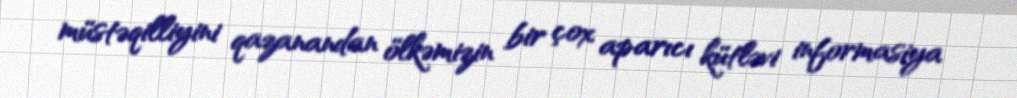
müstəqilliyini qazanandan ölkəmizin bir çox aparıcı kütləvi informasiya